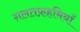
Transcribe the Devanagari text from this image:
ग़लतफ़हमियाँ